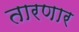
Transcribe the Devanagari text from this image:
तारणार